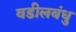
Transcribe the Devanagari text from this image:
वडीलबंधु